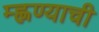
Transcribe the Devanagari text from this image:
म्ह्णण्याची